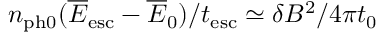
n _ { \mathrm { p h 0 } } ( \overline { E } _ { \mathrm { e s c } } - \overline { E } _ { 0 } ) / t _ { \mathrm { e s c } } \simeq \delta B ^ { 2 } / 4 \pi t _ { 0 }